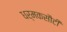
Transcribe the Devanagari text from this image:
धर्मकसौटी